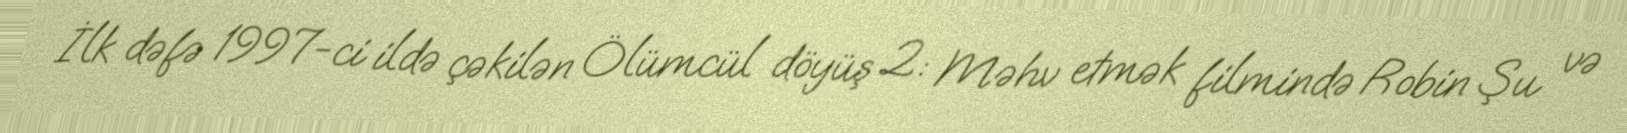
İlk dəfə 1997-ci ildə çəkilən Ölümcül döyüş 2: Məhv etmək filmində Robin Şu və